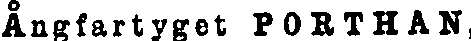
Ångfartyget PORTHAN,